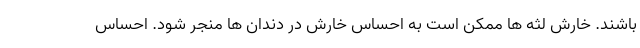
باشند. خارش لثه ها ممکن است به احساس خارش در دندان ها منجر شود. احساس